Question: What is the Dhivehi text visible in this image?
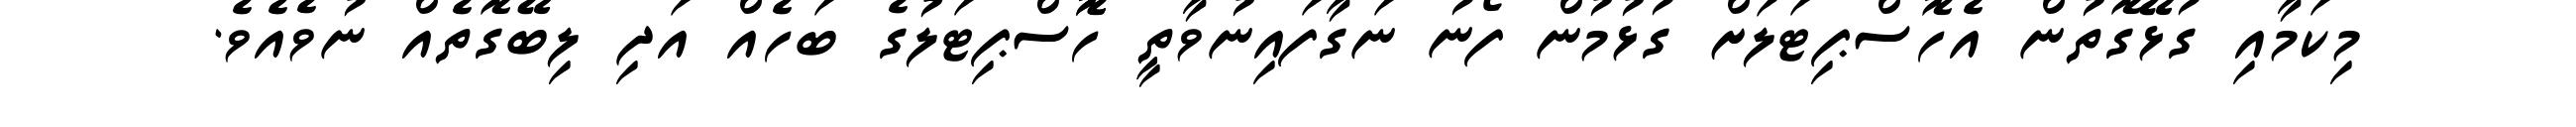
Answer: މިކަމާއި ގުޅޭގޮތުން އެހޮސްޕިޓަލަށް ގުޅުމުން ފޯނު ނަގާފައިނުވާތީ ހޮޮސްޕިޓަލުގެ ބަހެއް އަދި ލިބޭގޮތެއް ނުވެއެވެ.